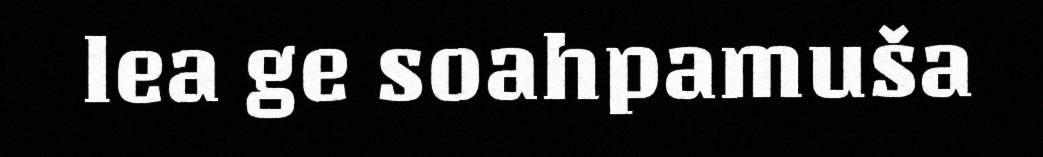
lea ge soahpamuša